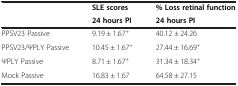
|  | SLE scores | % Loss retinal function |
 |  | 24 hours PI | 24 hours PI |
 | --- | --- | --- |
 | PPSV23 Passive | 9.19 ± 1.67+ | 40.12 ± 24.26 |
 | PPSV23/ΨPLY Passive | 10.45 ± 1.67+ | 27.44 ± 16.69+ |
 | ΨPLY Passive | 8.71 ± 1.67+ | 31.34 ± 18.34+ |
 | Mock Passive | 16.83 ± 1.67 | 64.58 ± 27.15 |